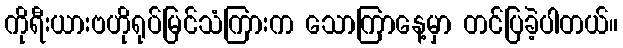
ကိုရီးယားဗဟိုရုပ်မြင်သံကြားက သောကြာနေ့မှာ တင်ပြခဲ့ပါတယ်။